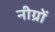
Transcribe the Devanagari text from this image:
नीग्रों